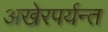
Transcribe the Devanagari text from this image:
अखेरपर्यन्त